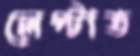
লেপ্‌টাত